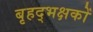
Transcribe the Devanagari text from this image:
बृहद्भक्षकों